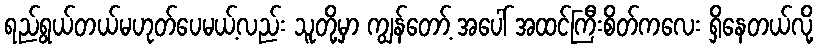
ရည်ရွယ်တယ်မဟုတ်ပေမယ့်လည်း သူတို့မှာ ကျွန်တော့် အပေါ် အထင်ကြီးစိတ်ကလေး ရှိနေတယ်လို့